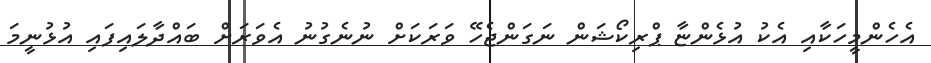
އެހެންމީހަކާއި އެކު އުޅެންޏާ ޕްރިކޯޝަން ނަގަންޖެހޭ ވަރަކަށް ނުނެގުނު އެވަރަށް ބައްދާލައިފައި އުޅުނީމަ